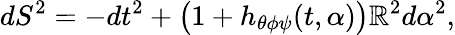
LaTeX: dS^{2}=-dt^{2}+\bigl(1+h_{\theta\phi\psi}(t,\alpha)\bigr)\mathbb{R}^{2}d\alpha^{2},